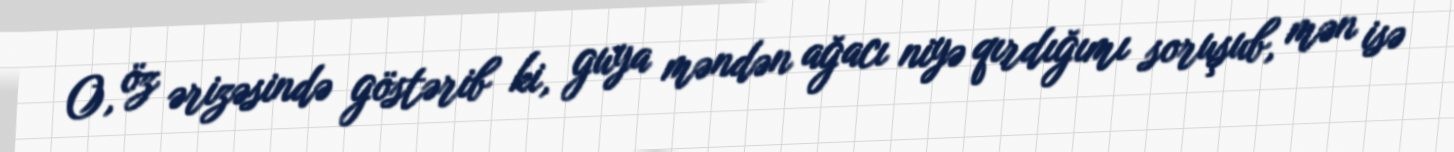
O, öz ərizəsində göstərib ki, guya məndən ağacı niyə qırdığımı soruşub, mən isə